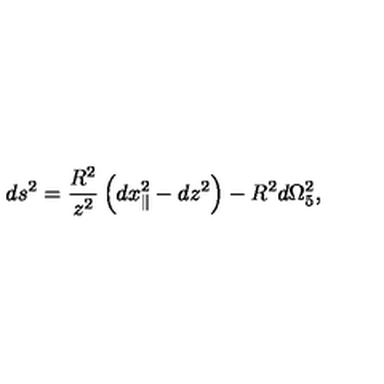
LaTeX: d s ^ { 2 } = \frac { R ^ { 2 } } { z ^ { 2 } } \left( d x _ { \parallel } ^ { 2 } - d z ^ { 2 } \right) - R ^ { 2 } d \Omega _ { 5 } ^ { 2 } ,